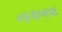
નાગાબાવા